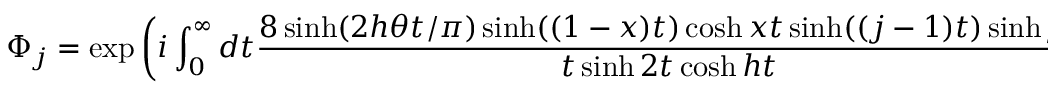
\Phi _ { j } = \exp \left( i \int _ { 0 } ^ { \infty } d t \frac { 8 \sinh ( 2 h \theta t / \pi ) \sinh ( ( 1 - x ) t ) \cosh x t \sinh ( ( j - 1 ) t ) \sinh j t } { t \sinh 2 t \cosh h t } \right)